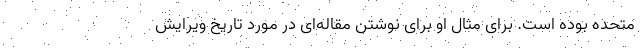
متحده بوده است. برای مثال او برای نوشتن مقاله‌ای در مورد تاریخ ویرایش